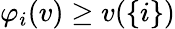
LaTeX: \varphi_{i}(v)\geq v(\{ i\} )